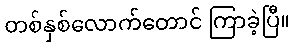
တစ်နှစ်လောက်တောင် ကြာခဲ့ပြီ။